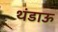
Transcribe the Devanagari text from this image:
थंडाऊ